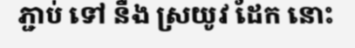
ភ្ជាប់ ទៅ នឺង ស្រយូវ ដែក នោះ